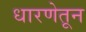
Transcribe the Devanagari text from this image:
धारणेतून